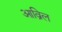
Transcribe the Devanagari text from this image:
आव्रिल